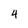
Character: 4